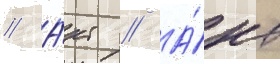
// А́кт // А́кт